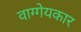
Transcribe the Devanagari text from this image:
वाग्गेयकार